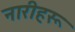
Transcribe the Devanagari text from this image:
नारीहरू